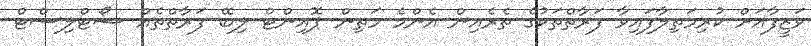
ވަޒީފާއަށް ކުރިމަތިލާފައިވާ ފަރާތްތަކުގެ ތެރެއިން އެންމެ މަތިން ޕޮއިންޓް ލިބޭ ފަރާތްތެއް ޝޯޓްލިސްޓް